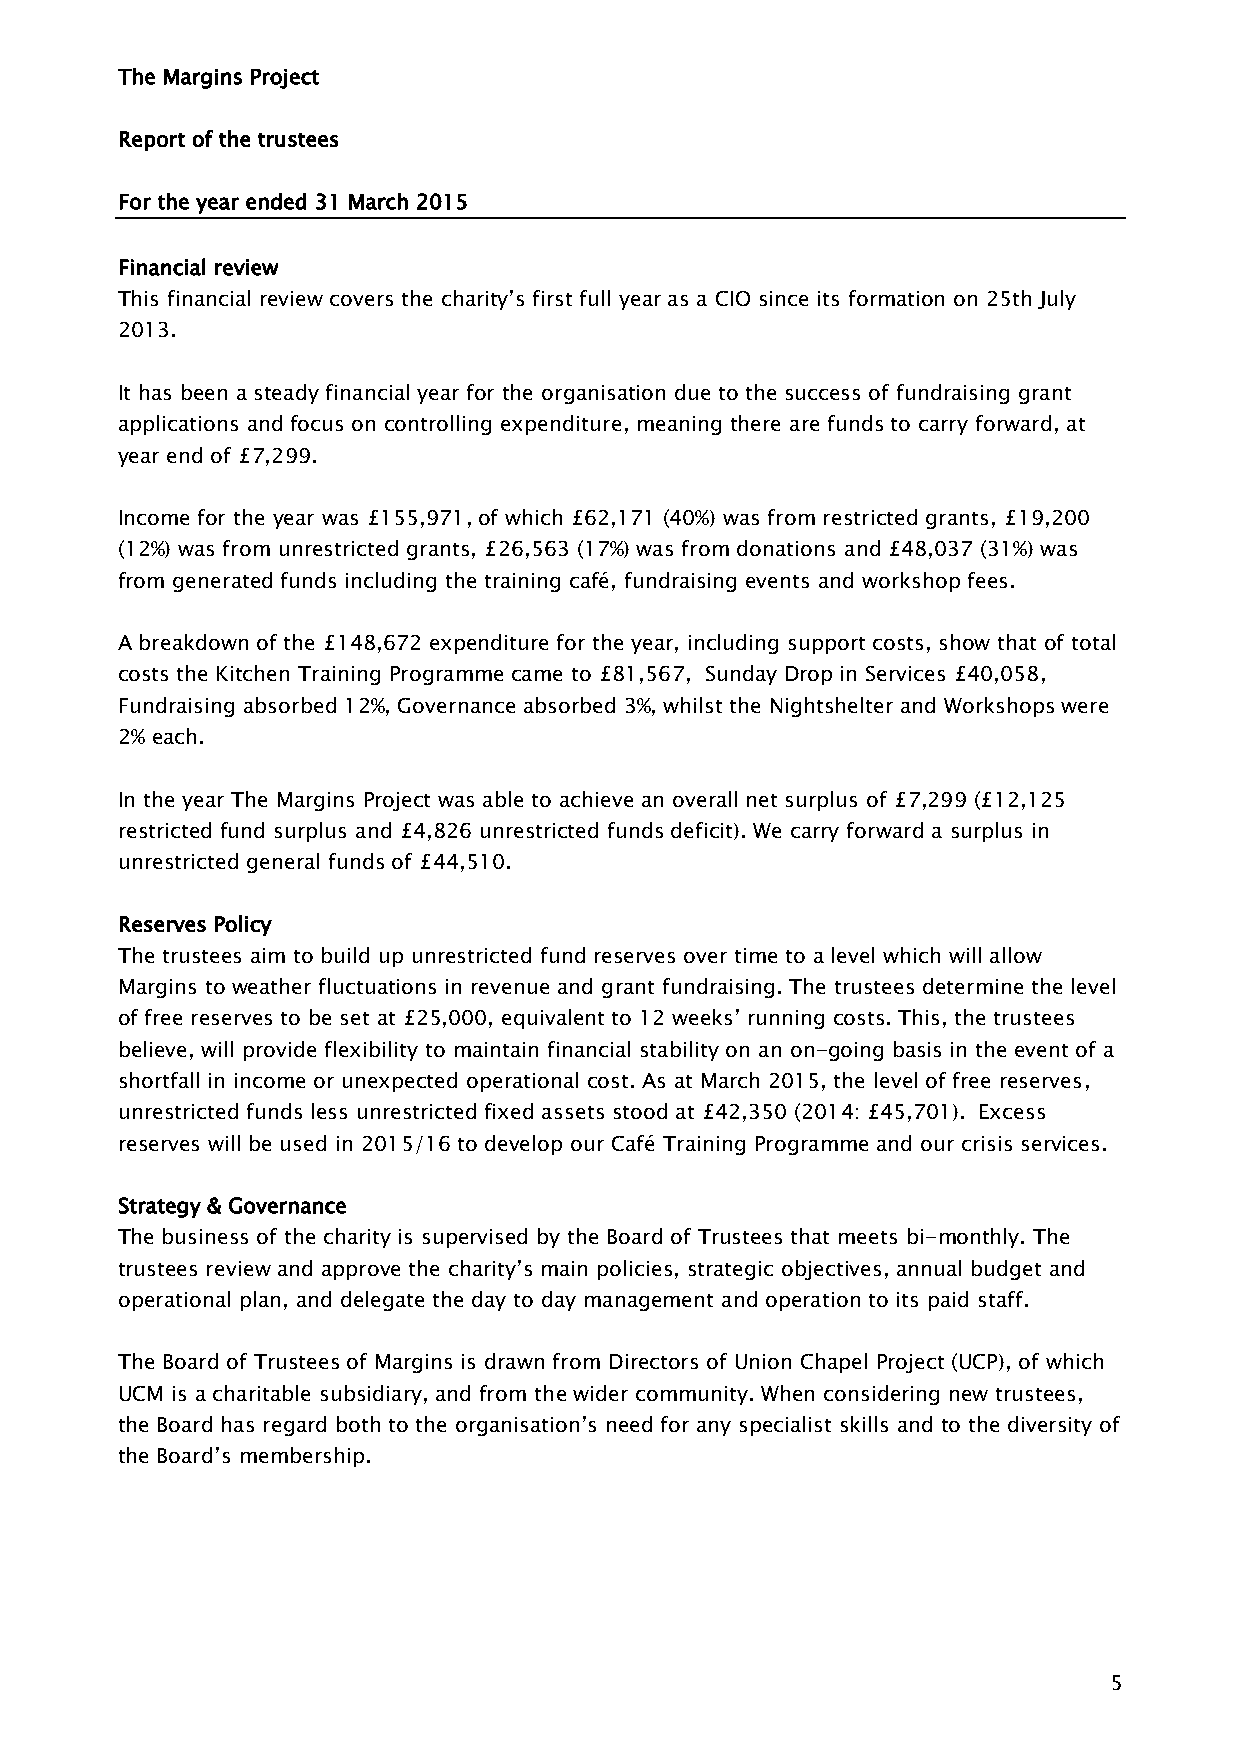
The Margins Project
 Report of the trustees
 For the year ended 31 March 2015
 Financial review
 This financial review covers the charity’s first full year as a CIO since its formation on 25th July
 2013.
 It has been a steady financial year for the organisation due to the success of fundraising grant
 applications and focus on controlling expenditure, meaning there are funds to carry forward, at
 year end of £7,299.
 Income for the year was £155,971, of which £62,171 (40%) was from restricted grants, £19,200
 (12%) was from unrestricted grants, £26,563 (17%) was from donations and £48,037 (31%) was
 from generated funds including the training café, fundraising events and workshop fees.
 A breakdown of the £148,672 expenditure for the year, including support costs, show that of total
 costs the Kitchen Training Programme came to £81,567, Sunday Drop in Services £40,058,
 Fundraising absorbed 12%, Governance absorbed 3%, whilst the Nightshelter and Workshops were
 2% each.
 In the year The Margins Project was able to achieve an overall net surplus of £7,299 (£12,125
 restricted fund surplus and £4,826 unrestricted funds deficit). We carry forward a surplus in
 unrestricted general funds of £44,510.
 Reserves Policy
 The trustees aim to build up unrestricted fund reserves over time to a level which will allow
 Margins to weather fluctuations in revenue and grant fundraising. The trustees determine the level
 of free reserves to be set at £25,000, equivalent to 12 weeks’ running costs. This, the trustees
 believe, will provide flexibility to maintain financial stability on an on-going basis in the event of a
 shortfall in income or unexpected operational cost. As at March 2015, the level of free reserves,
 unrestricted funds less unrestricted fixed assets stood at £42,350 (2014: £45,701). Excess
 reserves will be used in 2015/16 to develop our Café Training Programme and our crisis services.
 Strategy & Governance
 The business of the charity is supervised by the Board of Trustees that meets bi-monthly. The
 trustees review and approve the charity’s main policies, strategic objectives, annual budget and
 operational plan, and delegate the day to day management and operation to its paid staff.
 The Board of Trustees of Margins is drawn from Directors of Union Chapel Project (UCP), of which
 UCM is a charitable subsidiary, and from the wider community. When considering new trustees,
 the Board has regard both to the organisation’s need for any specialist skills and to the diversity of
 the Board’s membership.
 5